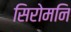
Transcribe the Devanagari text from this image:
सिरोमनि